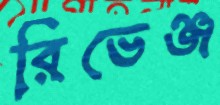
রিভেঞ্জ